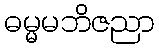
ဓမ္မမဘိဇညာ